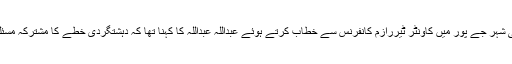
بھارتی شہر جے پور میں کاؤنٹر ٹیررازم کانفرنس سے خطاب کرتے ہوئے عبداللہ عبداللہ کا کہنا تھا کہ دہشتگردی خطے کا مشترکہ مسئلہ ہے۔